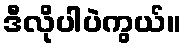
ဒီလိုပါပဲကွယ်။